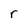
Character: r